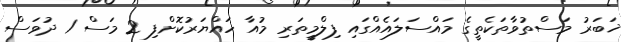
ޚަބަރު މަސްތުވާތަކެތީގެ މައްސަލައެއްގައި ފިލްމީތަރި މުއާ ހައްޔަރުކޮށްފި 2 މަސް 1 ދުވަސް